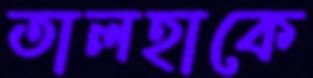
তালহাকে